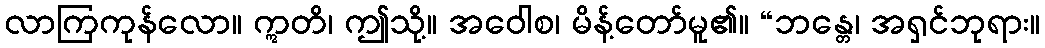
လာကြကုန်လော။ ဣတိ၊ ဤသို့။ အဝေါစ၊ မိန့်တော်မူ၏။ “ဘန္တေ၊ အရှင်ဘုရား။